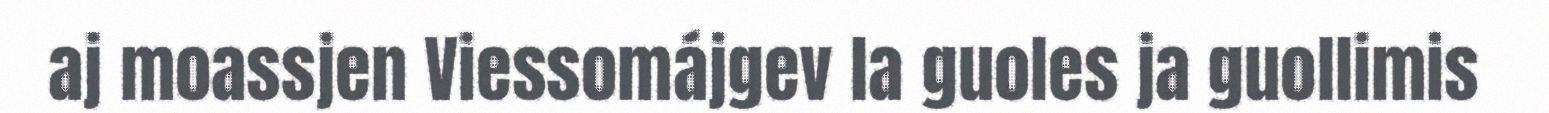
aj moassjen Viessomájgev la guoles ja guollimis